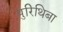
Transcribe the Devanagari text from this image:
पुरिथिबा